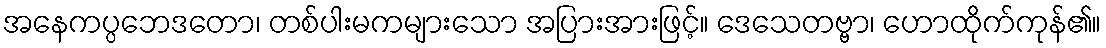
အနေကပ္ပဘေဒတော၊ တစ်ပါးမကများသော အပြားအားဖြင့်။ ဒေသေတဗ္ဗာ၊ ဟောထိုက်ကုန်၏။